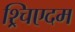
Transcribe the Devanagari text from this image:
श्र्चिएदम